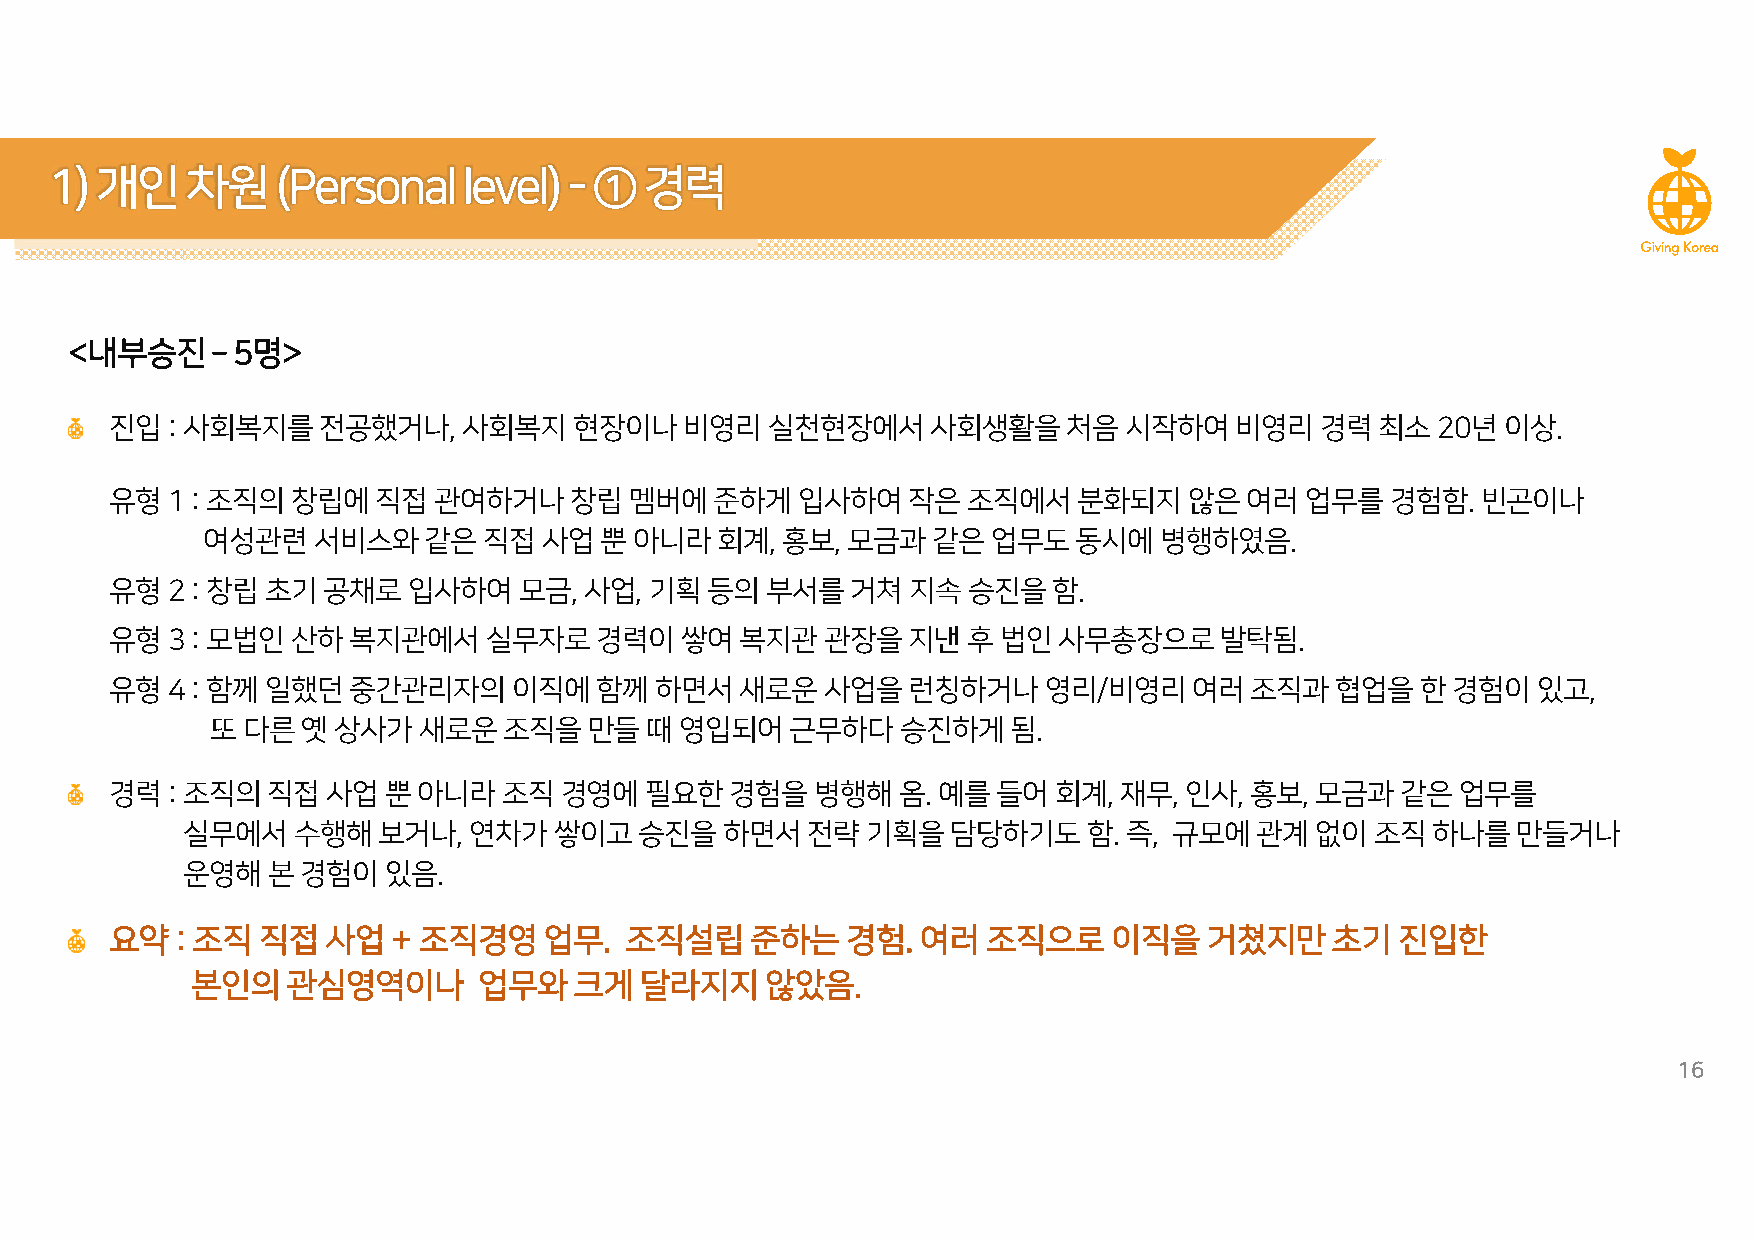
1)개인차원(Personallevel)-           ①   경력
 <내부승진­    5명>
 진입:사회복지를전공했거나,사회복지현장이나비영리실천현장에서사회생활을처음시작하여비영리경력최소20년이상.
 유형1:조직의창립에직접관여하거나창립멤버에준하게입사하여작은조직에서분화되지않은여러업무를경험함.빈곤이나
 여성관련서비스와같은직접사업뿐아니라회계,홍보,모금과같은업무도동시에병행하였음.
 유형2:창립초기공채로입사하여모금,사업,기획등의부서를거쳐지속승진을함.
 유형3:모법인산하복지관에서실무자로경력이쌓여복지관관장을지낸후법인사무총장으로발탁됨.
 유형4:함께일했던중간관리자의이직에함께하면서새로운사업을런칭하거나영리/비영리여러조직과협업을한경험이있고,
 또다른옛상사가새로운조직을만들때영입되어근무하다승진하게됨.
 경력:조직의직접사업뿐아니라조직경영에필요한경험을병행해옴.예를들어회계,재무,인사,홍보,모금과같은업무를
 실무에서수행해보거나,연차가쌓이고승진을하면서전략기획을담당하기도함.즉,                             규모에관계없이조직하나를만들거나
 운영해본경험이있음.
 요약   : 조직 직접   사업  + 조직경영업무.      조직설립준하는        경험.  여러  조직으로이직을        거쳤지만초기       진입한
 본인의관심영역이나          업무와크게     달라지지않았음.
 16